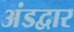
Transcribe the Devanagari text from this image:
अंडद्वार